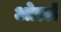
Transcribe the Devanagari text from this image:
ओल्टों